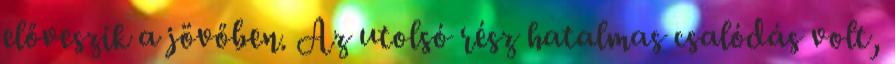
előveszik a jövőben. Az utolsó rész hatalmas csalódás volt,